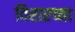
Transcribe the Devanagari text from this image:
विरारच्या